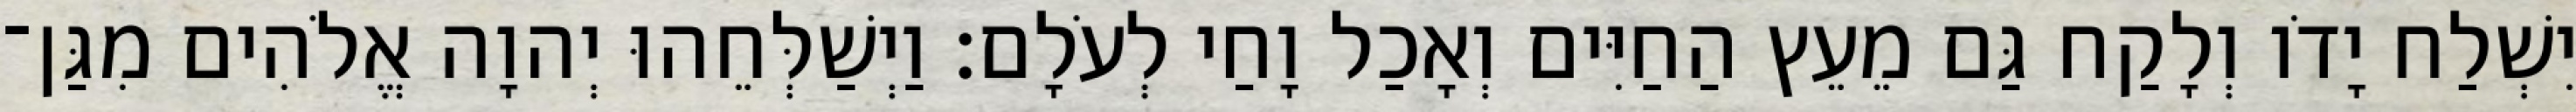
יִשְׁלַח יָדֹו וְלָקַח גַּם מֵעֵץ הַחַיִּים וְאָכַל וָחַי לְעֹלָם׃ וַיְשַׁלְּחֵהוּ יְהוָה אֱלֹהִים מִגַּן־